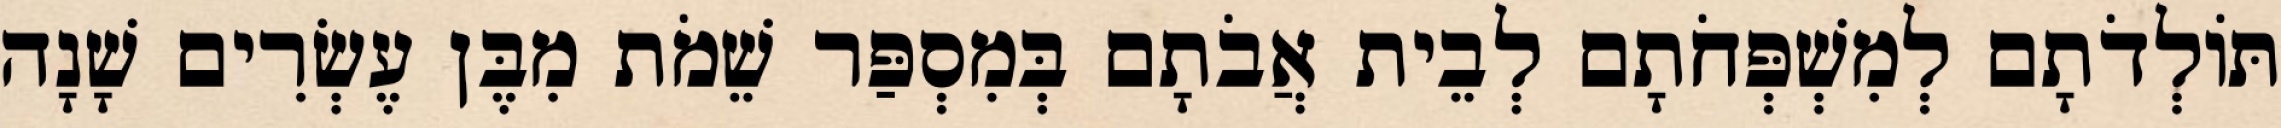
תּוֹלְדֹתָם לְמִשְׁפְּחֹתָם לְבֵית אֲבֹתָם בְּמִסְפַּר שֵׁמֹת מִבֶּן עֶשְׂרִים שָׁנָה